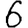
Digit: 6